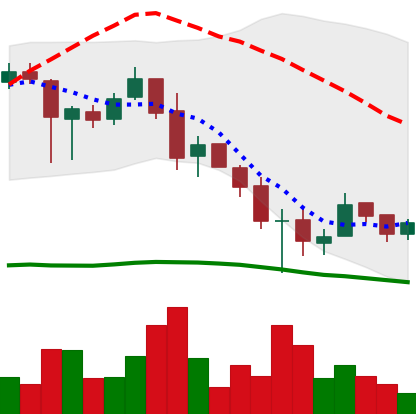
Ticker: XRP-USD
Chart end date: 2018-12-01
Forward return: -16.618%
Label: down_7plus